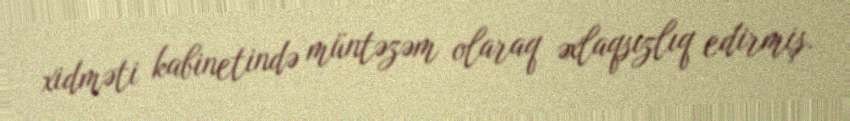
xidməti kabinetində müntəzəm olaraq əxlaqsızlıq edirmiş.